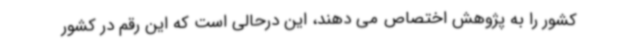
کشور را به پژوهش اختصاص می دهند، این درحالی است که این رقم در کشور